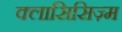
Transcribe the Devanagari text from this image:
क्लासिसिज़्म